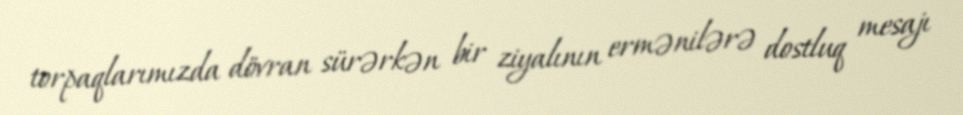
torpaqlarımızda dövran sürərkən bir ziyalının ermənilərə dostluq mesajı